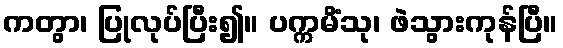
ကတွာ၊ ပြုလုပ်ပြီး၍။ ပက္ကမိံသု၊ ဖဲသွားကုန်ပြီ။